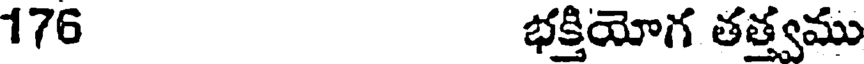
176 భక్తియోగ తత్త్వము